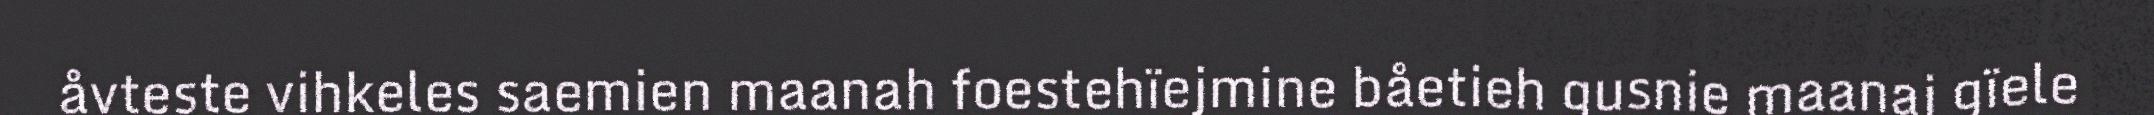
åvteste vihkeles saemien maanah foestehïejmine båetieh gusnie maanaj gïele